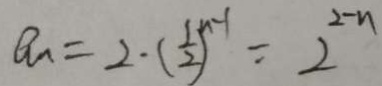
a _ { n } = 2 \cdot ( \frac { 1 } { 2 } ) ^ { n - 1 } = 2 ^ { 2 - n }